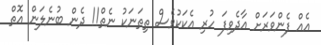
އެއް ފެންވަރަށް އާދެވިފަ ހުރި އެކަކުވެސް ތިތަނަކު ނެތް!! ދެން ބުނެލަން އޮތް